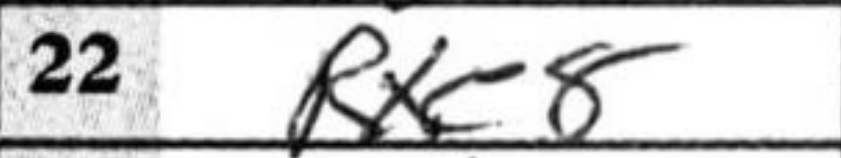
Transcription: Rxe8